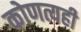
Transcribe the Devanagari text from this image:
कोणत्यही